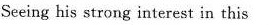
Seeing his strong interest in this